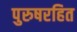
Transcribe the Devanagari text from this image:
पुरुषरहित